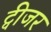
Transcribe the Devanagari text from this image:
ट्वीजर